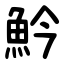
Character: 䰼